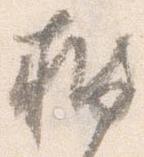
披